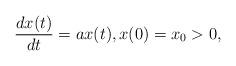
LaTeX: \begin{align*}\frac{dx(t)}{dt} = ax(t), x(0)=x_0>0,\end{align*}